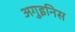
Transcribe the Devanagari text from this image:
अगुइनिस